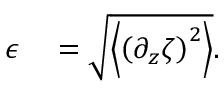
\begin{array} { r l } { \epsilon } & { { } = \sqrt { \left\langle \left( \partial _ { z } \zeta \right) ^ { 2 } \right\rangle } . } \end{array}